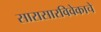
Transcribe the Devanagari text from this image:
सारासारविवेकाचे